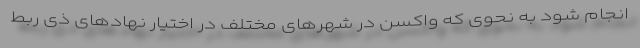
انجام شود به نحوی که واکسن در شهرهای مختلف در اختیار نهادهای ذی ربط